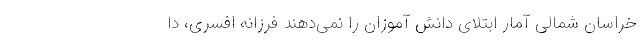
خراسان شمالی آمار ابتلای دانش آموزان را نمی‌دهند فرزانه افسری، دا